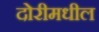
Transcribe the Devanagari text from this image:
दोरीमधील